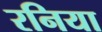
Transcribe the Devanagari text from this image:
रनिया